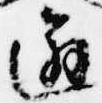
邂